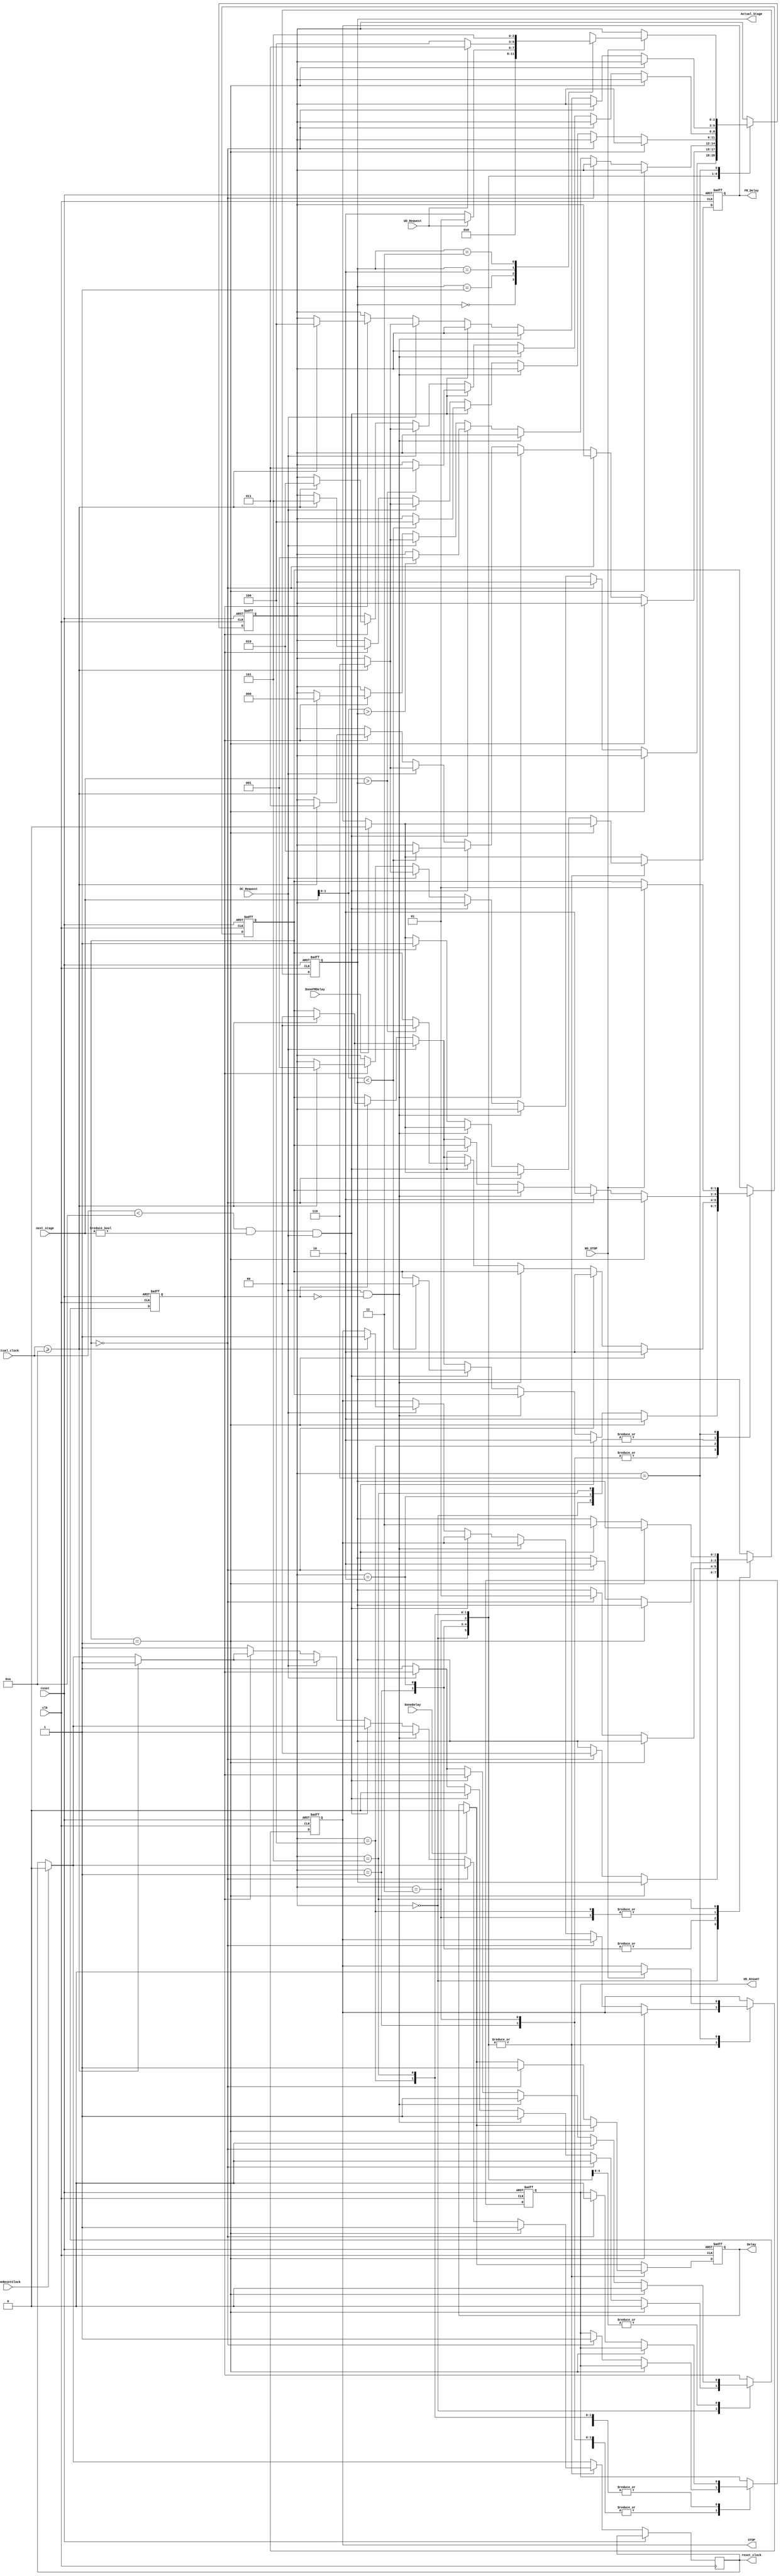
`timescale 1ns / 1ps

module F_S_M(
	input clk,
	input [2:0]next_stage,
	input reset,
	input OC_Request,
	input UD_Request,
	input [3:0]actual_clock,
	input NO_STOP,
	input DoneDelay,
	input DoneFRDelay,
	input DoneResetClock,
	output reset_clock,
	output FR_Delay,
	output Delay,
	output [1:0]Actual_Stage,
	output UD_Answer,
	output STOP
);
reg [1:0]first_time;
reg time_flag;
reg c_reset;
reg [2:0] state;
reg reg_stop;
reg reg_UDAnswer;					//UD_Answer
reg [1:0] reg_ActualStage;		//Actual_Stage
reg reg_Delay;						//Delay
reg reg_FRDelay;					//FR_Delay


parameter SA = 0,SB = 1,SC = 2,SD = 3,SE = 4,SF = 5,SS=6;

initial begin
	first_time = 0;
	reg_FRDelay = 0 ;
	reg_ActualStage = 0;
	reg_UDAnswer = 1;
	reg_Delay = 0 ;
	time_flag = 0;
	reg_stop = 1;
	state <= SS;
end //if reset

always @ (posedge clk or posedge reset) begin
	if(reset==1)begin
		first_time = 0;
		reg_FRDelay = 0 ;
		reg_ActualStage = 0;
		reg_UDAnswer = 1;
		reg_Delay = 0 ;
		time_flag = 0;
		reg_stop = 1;
		state <= SS;
	end //if reset
	
	else begin
		begin
		if(DoneDelay == 1)			//Verificar fin del controlador
			reg_Delay = 0;
		end
		
		begin
		if(DoneResetClock == 1) 	//Verificar fin del clock
			c_reset = 0;
		end
		
		begin
		if(DoneFRDelay == 1)			//Verificar fin la verificacion de los botones(1-4)
			reg_FRDelay = 0;
		end
		
		begin
		case(state)
			SA:
				if(first_time == 1)begin
					first_time = 2;
					c_reset = 1;
					time_flag = 0;
				end
				else if(first_time == 0)begin //Primera Ejecucin del Ascensor
					reg_ActualStage = 0;
					reg_UDAnswer = 1;
					first_time=2;
					time_flag =0;
					reg_Delay = 1;
					
				end
				
				else if(OC_Request == 1 && time_flag == 0 )begin
					c_reset = 1; //Inicia el contador de 10 segundos
					time_flag = 1;
				end
				else if(actual_clock < 10 && next_stage != 0 && OC_Request == 1) begin
						reg_FRDelay = 1;
						time_flag = 0;
				end
				
				else if(OC_Request == 0)begin //Cuando se cierran las puertas
					if (time_flag == 0) begin	//Comienza a subir durante 10s
						c_reset = 1;				//Inicia el contador de 10 segundos
						time_flag = 1;
					end
					else if(actual_clock >= 10)begin //Pasar al siguiente estado 
						first_time = 0;
						c_reset = 1;
						state <= SB;
					end
					
				end//else if(OC_Request == 0)
				
				else if(actual_clock >= 10)begin
					first_time = 0;
					reg_stop = 1;
					c_reset = 1;
					state <= SS;
				end
				
			SB:
				if(first_time == 1)begin
					first_time = 2;
					c_reset = 1;
					time_flag = 0;
				end
				
				else if(first_time == 0)begin//Llega al piso 2, notifica al controlador
					first_time = 2;
					time_flag = 0;
					reg_ActualStage = 1;
					reg_UDAnswer = 1;
					reg_Delay = 1;
				
				end//if(first_time == 0)
				
				else if(OC_Request == 1 && time_flag == 0 )begin///si habia una solicitud para subir abre las puertas
					c_reset = 1; //Inicia el contador de 10 segundos
					time_flag = 1;
				end //if(OC_Request == 1)
				
				else if(actual_clock < 10 && next_stage != 0 && OC_Request == 1) begin
					if (next_stage[1:0] < reg_ActualStage)begin
						first_time = 0;
						reg_FRDelay = 1;
						state <= SC;
					end
					else begin
						reg_FRDelay = 1;
					end 
				end //else if(actual_clock)
							

				else if(OC_Request == 0)begin		//Cuando se cierran las puertas
					if (time_flag == 0) begin		//Comienza a subir durante 10s
						c_reset = 1;					//Inicia el contador de 10 segundos
						time_flag = 1;
					end
					else if(actual_clock >= 10)begin	//Pasar al siguiente estado
						first_time = 0;
						c_reset = 1;
						state <= SD;
					end
					
				end//else if(OC_Request == 0)
				else if(actual_clock >= 10)begin
						c_reset = 1;				
						first_time = 0;
						reg_stop = 1;
						state <= SS;
					
				end
				
				//state <= SA;
			SC:
				if(first_time == 1)begin
					first_time = 2;
					c_reset = 1;
					time_flag = 0;
				end
				else if(first_time == 0)begin //Llega al piso 2, notifica al controlador
					first_time = 2;
					time_flag = 0;
					reg_ActualStage = 1;
					time_flag = 0;
					reg_UDAnswer = 0;
					reg_Delay = 1;
				
				end//if(first_time == 0)begin
				else if(OC_Request == 1 && time_flag == 0 )begin///si habia una solicitud para subir abre las puertas
					c_reset = 1;//Inicia el contador de 10 segundos
					time_flag = 1;
				end //if(OC_Request == 1)
				
				else if(actual_clock < 10 && next_stage != 0 && OC_Request == 1) begin
					
					if (next_stage[1:0] > reg_ActualStage)begin
						reg_FRDelay = 1;
						state <= SB;
					end
					else begin
						reg_FRDelay = 1;
					end
				end //else if(actual_clock)
							

				else if(OC_Request == 0)begin		//Cuando se cierran las puertas
					if (time_flag == 0) begin		//Comienza a subir durante 10s
						c_reset = 1;					//Inicia el contador de 10 segundos
						time_flag = 1;
					end
					else if(actual_clock >= 10)begin		//Pasar al siguiente estado
						c_reset = 1;
						first_time = 0;
						state <= SA;
					end
				end//else if(OC_Request == 0)
				
				else if(actual_clock >= 10)begin
					c_reset = 1;
					first_time = 0;
					reg_stop = 1;
					state <= SS;
				end
				
				
			SD:
			
				if(first_time == 1)begin
					first_time = 2;
					c_reset = 1;
					time_flag = 0;
				end
				else if(first_time == 0)begin //Llega al piso 3, notifica al controlador
					
					first_time = 2;
					time_flag = 0;
					reg_ActualStage = 2;
					reg_UDAnswer = 1;
					reg_Delay = 1;
				
				end//if(first_time == 0)begin

				else if(OC_Request == 1 && time_flag == 0 )begin///si habia una solicitud para subir abre las puertas
					c_reset = 1;//#3;c_reset = 0; //Inicia el contador de 10 segundos
					time_flag = 1;
				end //if(OC_Request == 1)
				
				else if(actual_clock < 10 && next_stage != 0 && OC_Request == 1) begin
					if (next_stage[1:0] < reg_ActualStage)begin
						first_time = 0;
						reg_FRDelay = 1;
						state <= SE;
					end
					else begin
						reg_FRDelay = 1;
					end
				end //else if(actual_clock)
							

				else if(OC_Request == 0)begin		//Cuando se cierran las puertas
					if (time_flag == 0) begin		//Comienza a subir durante 10s
						c_reset = 1;					//Inicia el contador de 10 segundos
						time_flag = 1;
					end
					else if(actual_clock >= 10)begin		//Pasar al siguiente estado
						c_reset = 1;
						first_time = 0;
						state <= SF;
					end
				end//else if(OC_Request == 0)
				else if(actual_clock >= 10)begin
					c_reset = 1;
					first_time = 0;
					reg_stop = 1;
					state <= SS;
				end
				
				
			SE:
				if(first_time == 1)begin
					first_time = 2;			
					c_reset = 1;
					time_flag = 0;
				end
				else if(first_time == 0)begin//Llega al piso 3, notifica al controlador
					first_time = 2;
					time_flag = 0;
					reg_ActualStage = 2;
					reg_UDAnswer = 0;
					reg_Delay = 1;
				
				end//if(first_time == 0)begin
					
				
				else if(OC_Request == 1 && time_flag == 0 )begin///si habia una solicitud para subir abre las puertas
					c_reset = 1;//#3;c_reset = 0; //Inicia el contador de 10 segundos
					time_flag = 1;
				end //if(OC_Request == 1)
				else if(actual_clock < 10 && next_stage != 0 && OC_Request == 1) begin
					if (next_stage > reg_ActualStage)begin
						first_time = 0;
						reg_FRDelay = 1;
						state <= SD;
					end
					else begin
						reg_FRDelay = 1;
					end
				end //else if(actual_clock)
							

				else if(OC_Request == 0)begin		//Cuando se cierran las puertas
					if (time_flag == 0) begin		//Comienza a subir durante 10s
						c_reset = 1;					//Inicia el contador de 10 segundos
						time_flag = 1;
					end
					else if(actual_clock >= 10)begin		//Pasar al siguiente estado
						c_reset = 1;
						first_time = 0;
						state <= SC;
					end
				end//else if(OC_Request == 0)
				else if(actual_clock >= 10)begin
					c_reset = 1;
					first_time = 0;
					reg_stop = 1;
					state <= SS;
				end
			
			SF:
				if(first_time == 1)begin
					first_time = 2;			
					c_reset = 1;
					time_flag = 0;
				end
				else if(first_time == 0)begin //Llega al piso 4, notifica al controlador
					first_time = 2;
					time_flag = 0;
					reg_ActualStage = 3;
					reg_UDAnswer = 0;
					reg_Delay = 1;
				
				end//if(first_time == 0)begin
				
				else if(OC_Request == 1 && time_flag == 0 )begin///si habia una solicitud para subir abre las puertas
					c_reset = 1;	 //Inicia el contador de 10 segundos
					time_flag = 1;
				end //if(OC_Request == 1)
				
				else if(actual_clock < 10 && next_stage != 0 && OC_Request == 1) begin
						reg_FRDelay = 1;
				end //else if(actual_clock)
							

				else if(OC_Request == 0)begin		//Cuando se cierran las puertas
					if (time_flag == 0) begin		//Comienza a subir durante 10s
						c_reset = 1;					//Inicia el contador de 10 segundos
						time_flag = 1;
					end
					else if(actual_clock >= 10)begin		//Pasar al siguiente estado
						c_reset = 1;
						first_time = 0;
						state <= SE;
					end
				end//else if(OC_Request == 0)
				else if(actual_clock >= 10)begin
					c_reset = 1;
					first_time = 0;
					reg_stop = 1;
					state <= SS;
				end
				
				
			SS:
				if(NO_STOP == 1)begin
					reg_stop = 0;
					first_time = 1;
					case (reg_ActualStage)
						0:
							state <= SA;
						1:
							if(UD_Request == 1)
								state <= SB;
							else
								state <= SC;
						2:
							if(UD_Request == 1)
								state <= SD;
							else
								state <= SE;
						3:
							state <= SF;
					endcase
				end
		endcase
		end
		
	end

end//always @ (posedge clk or posedge reset) begin 

assign reset_clock = c_reset;
assign UD_Answer = reg_UDAnswer;
assign Actual_Stage = reg_ActualStage;
assign Delay = reg_Delay;
assign FR_Delay = reg_FRDelay;
assign STOP = reg_stop;

endmodule